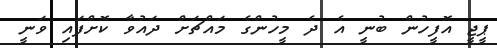
ޕީޖީ އޮފީހުން ބުނީ އެ ދެ މީހުންގެ މައްޗަށް ދައުވާ ކޮށްފައި ވަނީ